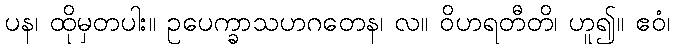
ပန၊ ထိုမှတပါး။ ဥပေက္ခာသဟဂတေန၊ လ။ ဝိဟရတီတိ၊ ဟူ၍။ ဧဝံ၊